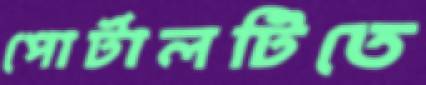
পোর্টালটিতে